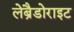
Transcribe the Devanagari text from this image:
लेब्रैडोराइट